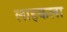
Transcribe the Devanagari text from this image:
लाहकला